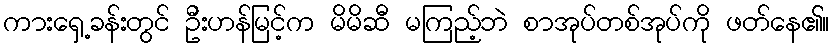
ကားရှေ့ခန်းတွင် ဦးဟန်မြင့်က မိမိဆီ မကြည့်ဘဲ စာအုပ်တစ်အုပ်ကို ဖတ်နေ၏။